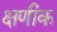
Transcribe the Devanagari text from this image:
क्षणीक